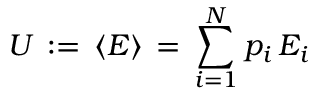
U \, : = \, \langle E \rangle \, = \, \sum _ { i = 1 } ^ { N } p _ { i } \, E _ { i }